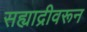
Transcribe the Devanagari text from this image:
सह्याद्रीवरून